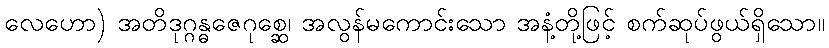
လေဟော) အတိဒုဂ္ဂန္ဓဇေဂုစ္ဆေ၊ အလွန်မကောင်းသော အနံ့တို့ဖြင့် စက်ဆုပ်ဖွယ်ရှိသော။